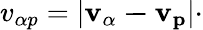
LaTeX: v_{\alpha p}=|\mathbf{v_{\alpha}-v_{p}}|\cdot